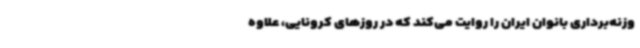
وزنه‌برداری بانوان ایران را روایت می‌کند که در روزهای کرونایی، علاوه